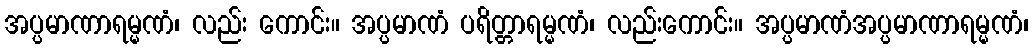
အပ္ပမာဏာရမ္မဏံ၊ လည်း ကောင်း။ အပ္ပမာဏံ ပရိတ္တာရမ္မဏံ၊ လည်းကောင်း။ အပ္ပမာဏံအပ္ပမာဏာရမ္မဏံ၊